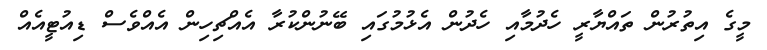
މީގެ އިތުރުން ތައްޔާރީ ހެދުމާއި ހެދުން އެޅުމުގައި ބޭނުންކުރާ އެއްޗިހިން އެއްވެސް ޑިއުޓީއެއް